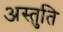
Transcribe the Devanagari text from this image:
अस्तुति